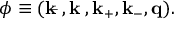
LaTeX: \phi \equiv ( \bf k _ { \bar { \tau } } , k _ { \tau } , k _ { + } , k _ { - } , q ) .